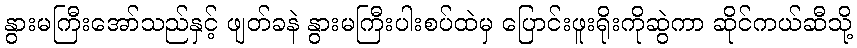
နွားမကြီးအော်သည်နှင့် ဖျတ်ခနဲ နွားမကြီးပါးစပ်ထဲမှ ပြောင်းဖူးရိုးကိုဆွဲကာ ဆိုင်ကယ်ဆီသို့